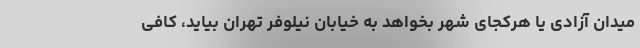
میدان آزادی یا هرکجای شهر بخواهد به خیابان نیلوفر تهران بیاید، کافی